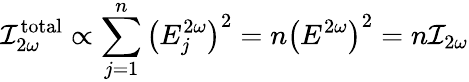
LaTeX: \mathcal{I}_{2\omega}^{\mathrm{{total}}}\propto\sum_{j=1}^{n}\left(E_{j}^{2\omega}\right)^{2}=n\left(E^{2\omega}\right)^{2}=n\mathcal{I}_{2\omega}